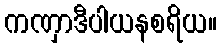
ကဏှာဒီပါယနစရိယ။